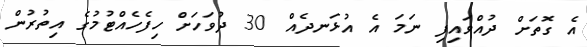
އެ ގޮތަށް ދުއްވައިފި ނަމަ އެ އުޅަނދެއް 30 ދުވަހަށް ހިފެހެއްޓުމުގެ އިތުރުން